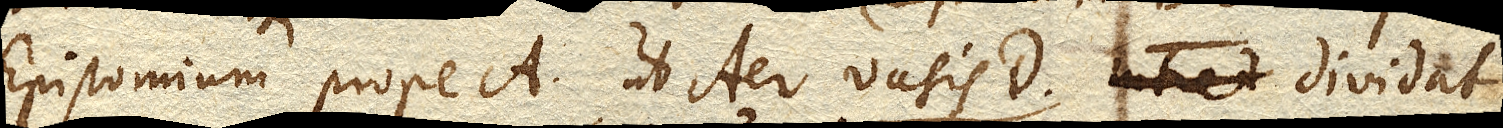
Epistomium prope A. ut Aer vasis D. intret dividat